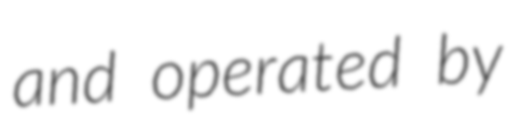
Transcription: and operated by